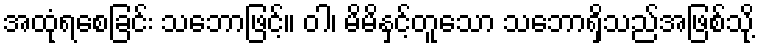
အထုံရစေခြင်း သဘောဖြင့်။ ဝါ၊ မိမိနှင့်တူသော သဘောရှိသည်အဖြစ်သို့